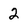
Character: 2